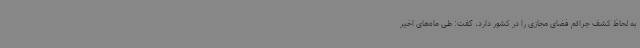
به لحاظ کشف جرائم فضای مجازی را در کشور دارد، گفت: طی ماه‌های اخیر